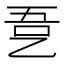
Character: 㐚